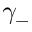
\gamma _ { - }